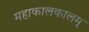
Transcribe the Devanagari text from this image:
महाकालकालम्